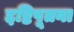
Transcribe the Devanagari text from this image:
द्दष्टिपूतना